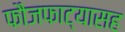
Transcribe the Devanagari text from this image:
फौजफाट्यासह